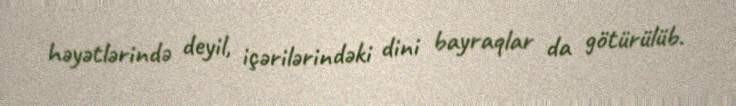
həyətlərində deyil, içərilərindəki dini bayraqlar da götürülüb.